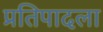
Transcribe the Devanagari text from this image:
प्रतिपादला